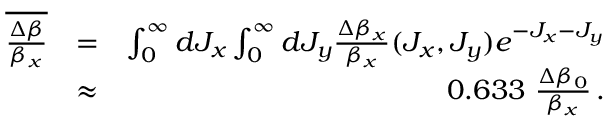
\begin{array} { r l r } { \overline { { \frac { \Delta \beta } { \beta _ { x } } } } } & { = } & { \int _ { 0 } ^ { \infty } d J _ { x } \int _ { 0 } ^ { \infty } d J _ { y } \frac { \Delta \beta _ { x } } { \beta _ { x } } ( J _ { x } , J _ { y } ) e ^ { - J _ { x } - J _ { y } } } \\ & { \approx } & { 0 . 6 3 3 ~ \frac { \Delta \beta _ { 0 } } { \beta _ { x } } \, . } \end{array}